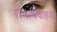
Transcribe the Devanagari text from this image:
रामविवाहके